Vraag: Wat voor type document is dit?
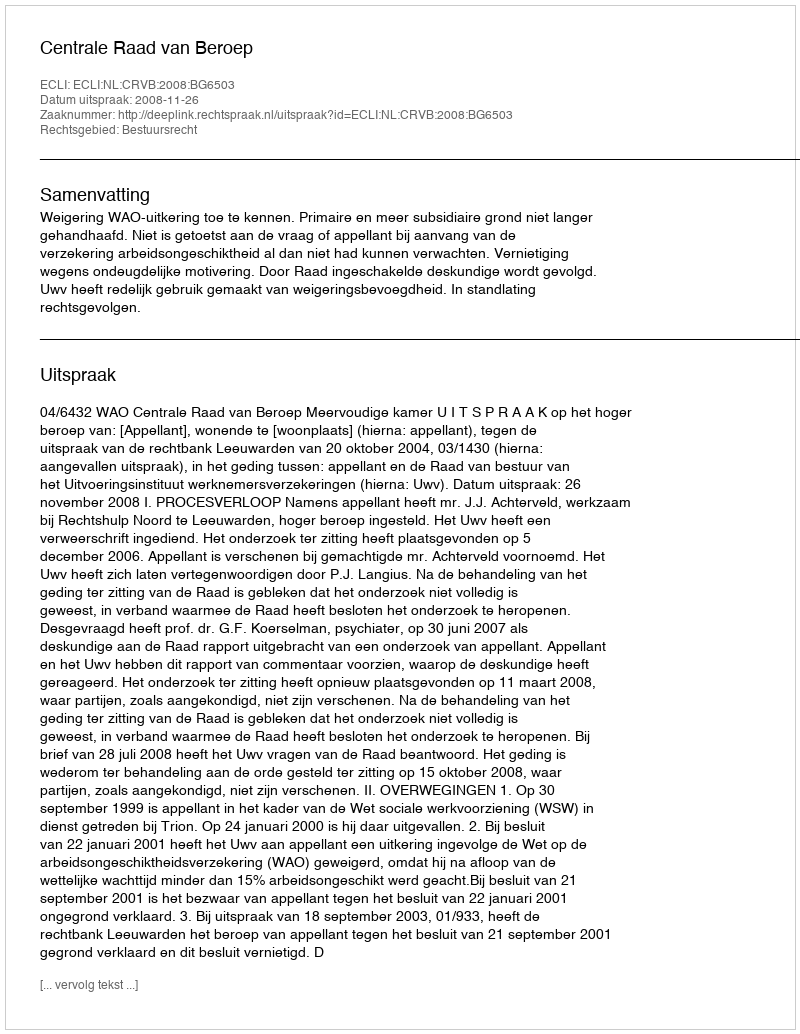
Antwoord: Uitspraak